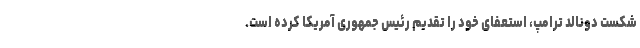
شکست دونالد ترامپ، استعفای خود را تقدیم رئیس جمهوری آمریکا کرده است.